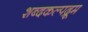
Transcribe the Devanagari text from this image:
शब्दकल्पद्रूम